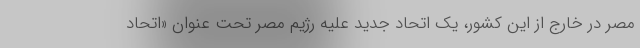
مصر در خارج از این کشور، یک اتحاد جدید علیه رژیم مصر تحت عنوان «اتحاد